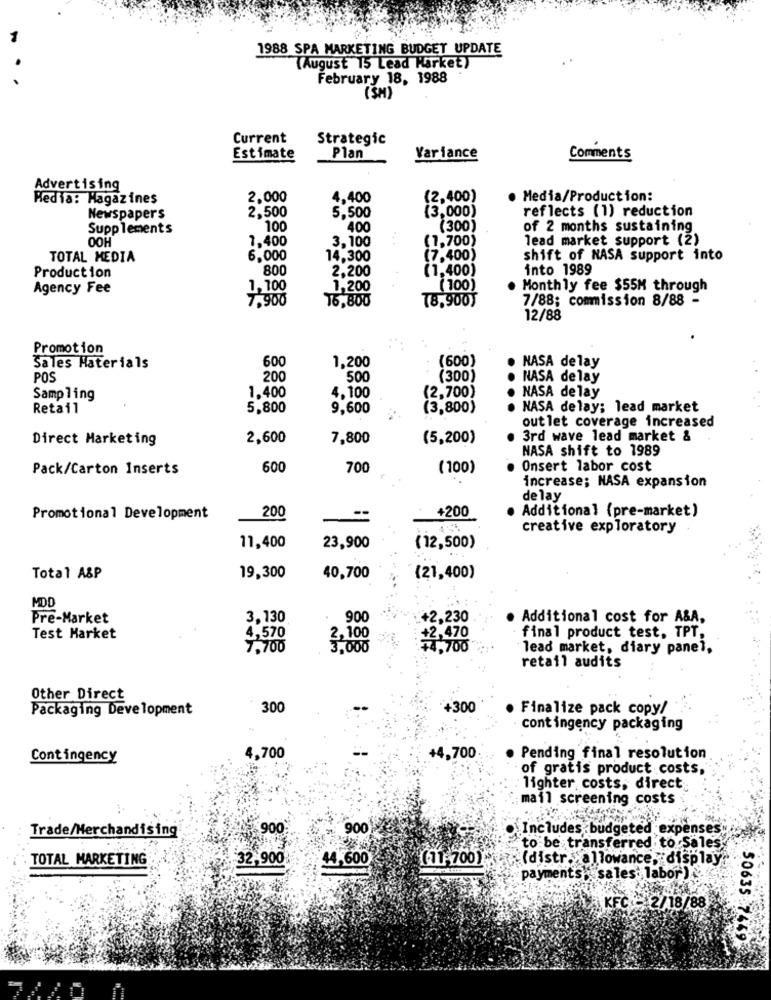
1988 SPA MARKETING BUDGET UPDATE
(August 15 Lead Harket)
February 18, 1988
(SM)
Current
Strategic
Estimate
Plan
Variance
Comments
Advertising
Media: Magazines
2,000
4,400
(2,400)
Media/Production:
2,500
(3,000)
reflects (1) reduction
Newspapers
5,500
Supplements
HOO
100
400
(300)
of 2 months sustaining
7,400
3,100
...
(1,700)
lead market support (2)
TOTAL MEDIA
6,000
14,300
(7,400)
shift of NASA support into
800
2,200
(1,400)
into 1989
Production
Agency Fee
1,100
1,200
( 100)
Monthly fee $55M through
7,900
16,800
18,900)
7/88; commission 8/88 -
12/88
Promotion
600
(600)
Sales Materials
1,200
NASA delay
POS
200
500
(300)
NASA delay
1.400
(2,700)
NASA delay
Sampling
4,100
Retail
5,800
9,600
(3,800)
NASA delay; lead market
outlet coverage increased
Direct Marketing
2,600
7,800
(5,200)
3rd wave lead market &
NASA shift to 1989
Pack/Carton Inserts
600
700
(100)
Onsert labor cost
increase; NASA expansion
de lay
+200
Promotional Development
200
Additional (pre-market)
creative exploratory
11,400
23,900
(12,500)
Total A&P
19,300
40,700
(21,400)
MDD
Pre-Market
3,130
900
+2,230
Additional cost for A&A,
Test Market
4,570
2,100
+2,470
final product test, TPT,
7.700
3,000
+4,700
lead market, diary panel,
retail audits
Other Direct
Packaging Development
300
+300
Finalize pack copy/
contingency packaging
Contingency
4,700
+4,700
Pending final resolution
of gratis product costs,
lighter costs, direct
mail screening costs
Trade/Merchandising
900
900
Includes budgeted expenses
to be transferred to Sales
TOTAL MARKETING
32,900%
44,600
(distr. allowance," display;
payments sales: labor )
KFC - 2/18/88
50635-7449